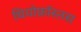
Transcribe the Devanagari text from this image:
थियोफ्रॉस्तस